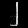
Digit: ၂